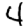
Digit: 4